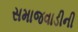
સમાજવાડીની